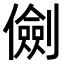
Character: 𠐘